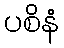
ပစိနံ